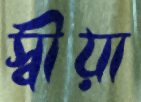
স্বীয়া